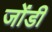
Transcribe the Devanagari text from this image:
जोंडी